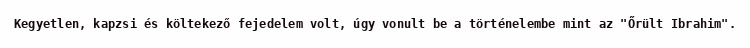
Kegyetlen, kapzsi és költekező fejedelem volt, úgy vonult be a történelembe mint az "Őrült Ibrahim".